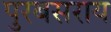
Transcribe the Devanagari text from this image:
पुरबसराय